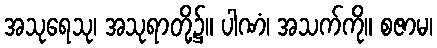
အသုရေသု၊ အသုရာတို့၌။ ပါဏံ၊ အသက်ကို။ စဇာမ၊